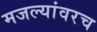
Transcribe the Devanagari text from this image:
मजल्यांवरच